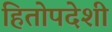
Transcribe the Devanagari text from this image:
हितोपदेशी